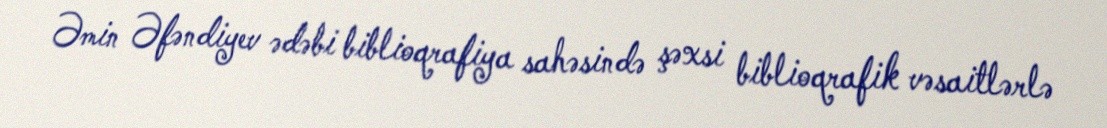
Əmin Əfəndiyev ədəbi biblioqrafiya sahəsində şəxsi biblioqrafik vəsaitlərlə